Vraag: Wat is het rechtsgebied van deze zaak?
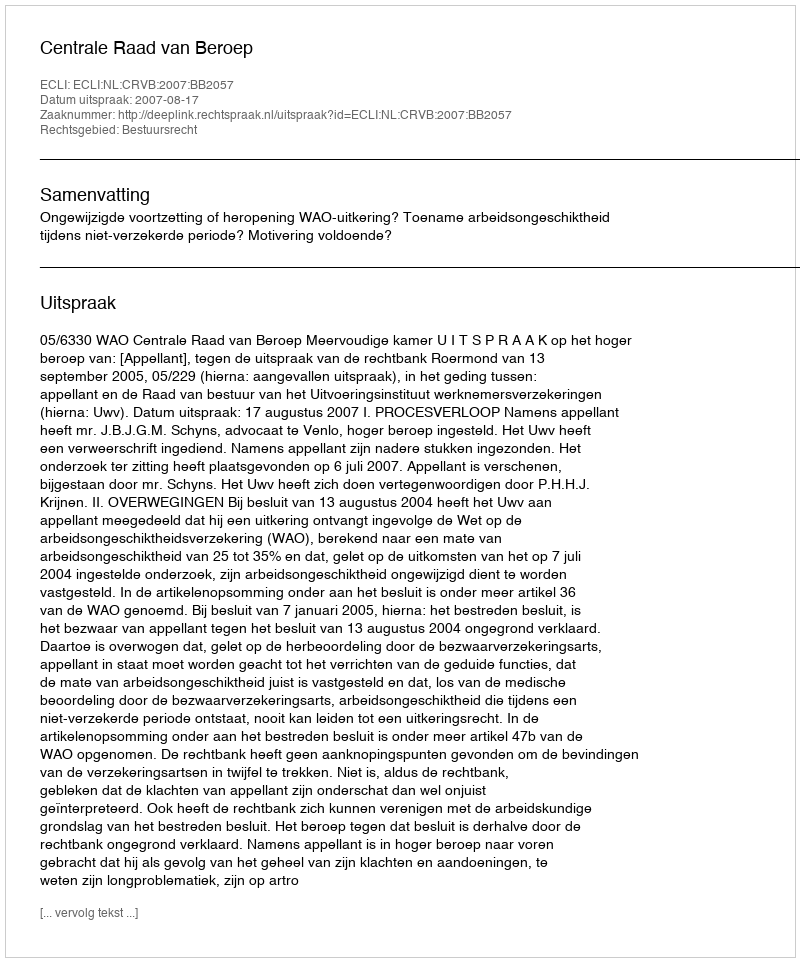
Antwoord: Bestuursrecht